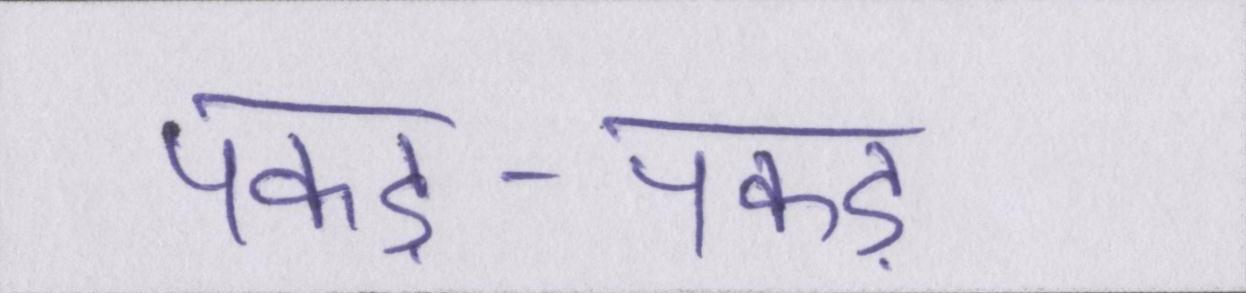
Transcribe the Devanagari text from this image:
पकड़-पकड़